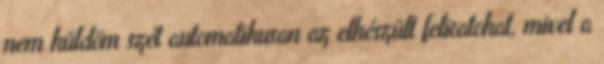
nem küldöm szét automatikusan az elkészült feliratokat, mivel a